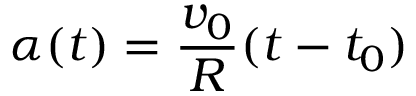
\alpha ( t ) = \frac { v _ { 0 } } { R } ( t - t _ { 0 } )